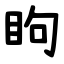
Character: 眗